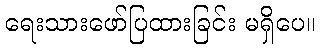
ရေးသားဖော်ပြထားခြင်း မရှိပေ။